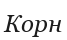
Корн